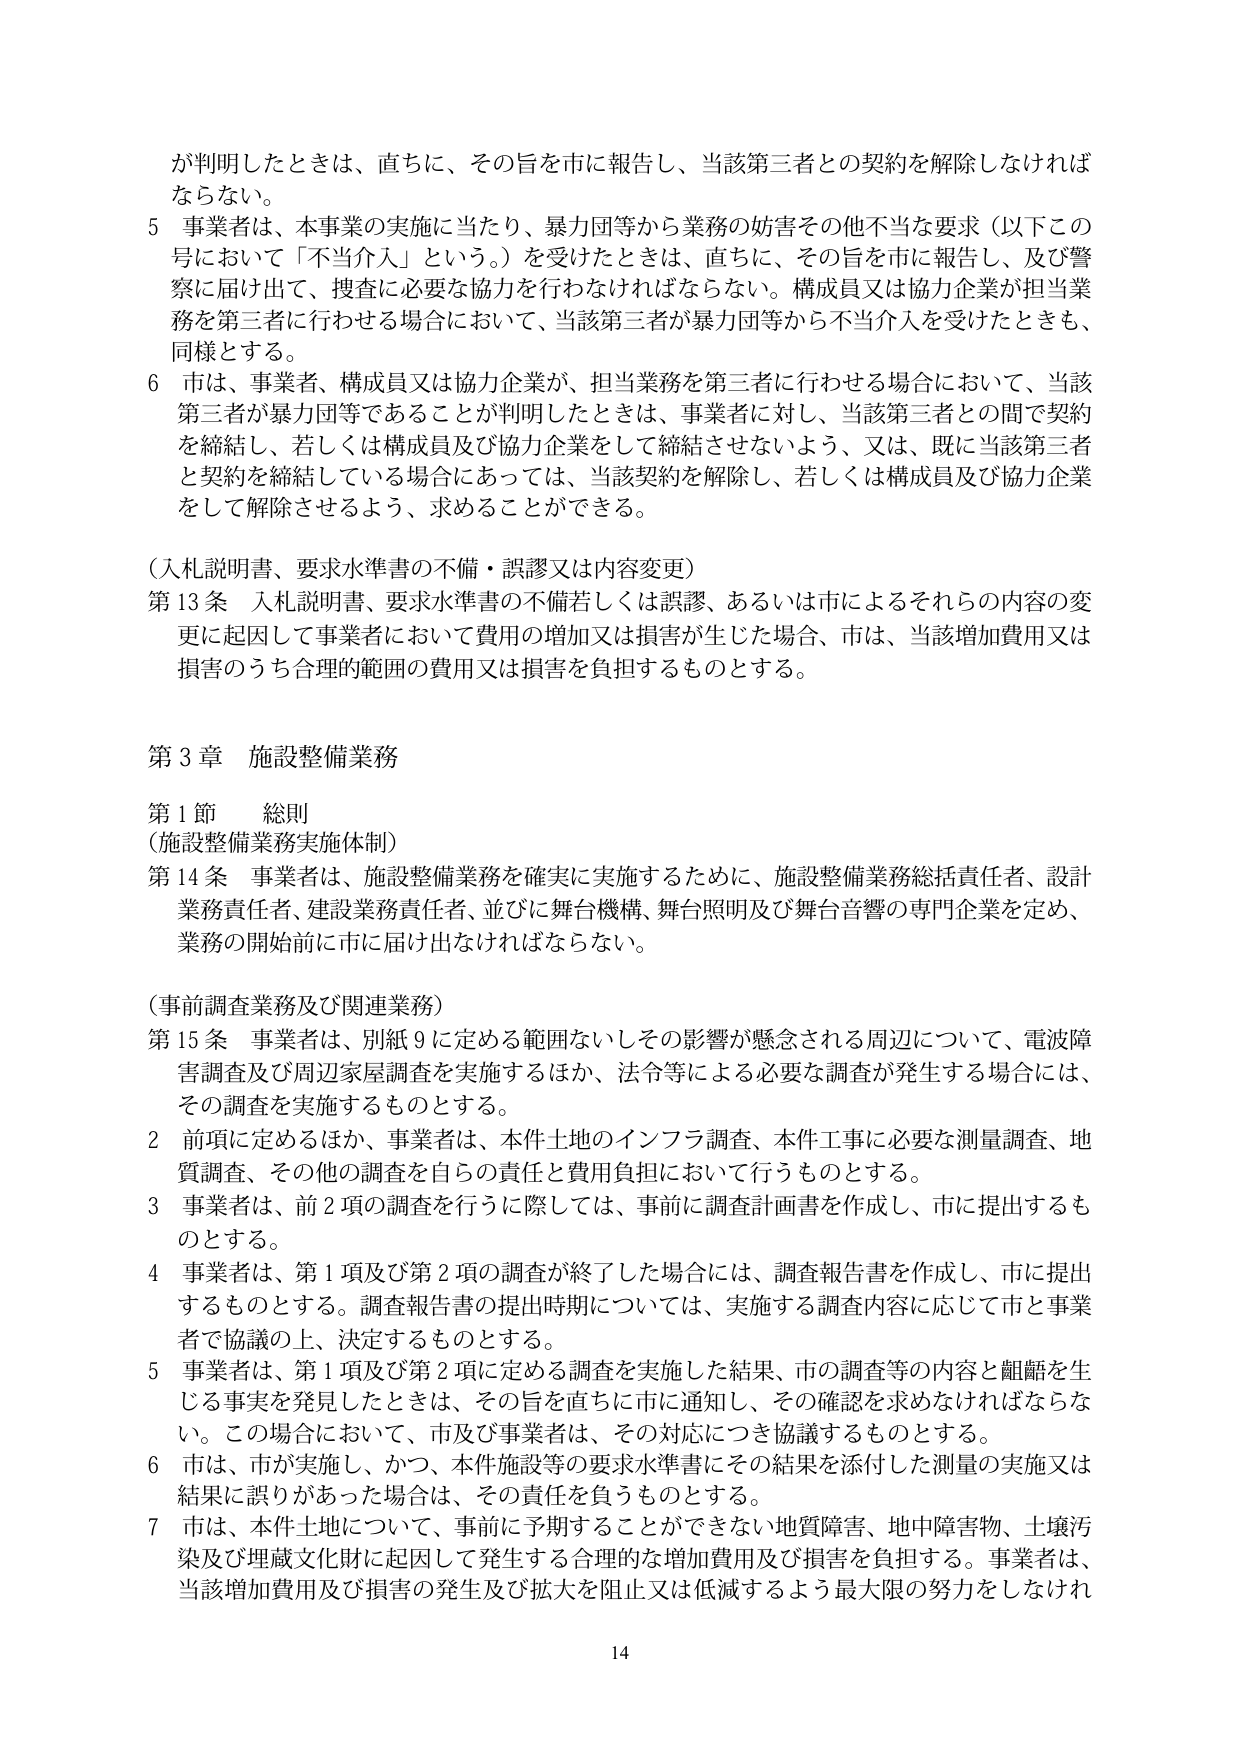
が判明したときは、直ちに、その旨を市に報告し、当該第三者との契約を解除しなければならない。

5 事業者は、本事業の実施に当たり、暴力団等から業務の妨害その他不当な要求（以下この号において「不当介入」という。）を受けたときは、直ちに、その旨を市に報告し、及び警察に届け出て、捜査に必要な協力を行わなければならない。構成員又は協力企業が担当業務を第三者に行わせる場合において、当該第三者が暴力団等から不当介入を受けたときも、同様とする。

6 市は、事業者、構成員又は協力企業が、担当業務を第三者に行わせる場合において、当該第三者が暴力団等であることが判明したときは、事業者に対し、当該第三者との間で契約を締結し、若しくは構成員及び協力企業として締結させないよう、又は、既に当該第三者と契約を締結している場合にあっては、当該契約を解除し、若しくは構成員及び協力企業として解除させるよう、求めることができる。

（入札説明書、要求水準書の不備・誤謬又は内容変更）
第13条 入札説明書、要求水準書の不備若しくは誤謬、あるいは市によるそれらの内容の変更に起因して事業者において費用の増加又は損害が生じた場合、市は、当該増加費用又は損害のうち合理的範囲の費用又は損害を負担するものとする。

第3章 施設整備業務

第1節 総則
（施設整備業務実施体制）
第14条 事業者は、施設整備業務を確実に実施するために、施設整備業務総括責任者、設計業務責任者、建設業務責任者、並びに舞台機構、舞台照明及び舞台音響の専門企業を定め、業務の開始前に市に届け出なければならない。

（事前調査業務及び関連業務）
第15条 事業者は、別紙9に定める範囲ないしその影響が懸念される周辺について、電波障害調査及び周辺家屋調査を実施するほか、法令等による必要な調査が発生する場合には、その調査を実施するものとする。

2 前項に定めるほか、事業者は、本件土地のインフラ調査、本件工事に必要な測量調査、地質調査、その他の調査を自らの責任と費用負担において行うものとする。

3 事業者は、前2項の調査を行うに際しては、事前に調査計画書を作成し、市に提出するものとする。

4 事業者は、第1項及び第2項の調査が終了した場合には、調査報告書を作成し、市に提出するものとする。調査報告書の提出時期については、実施する調査内容に応じて市と事業者で協議の上、決定するものとする。

5 事業者は、第1項及び第2項に定める調査を実施した結果、市の調査等の内容と齟齬を生じる事実を発見したときは、その旨を直ちに市に通知し、その確認を求めなければならない。この場合において、市及び事業者は、その対応につき協議するものとする。

6 市は、市が実施し、かつ、本件施設等の要求水準書にその結果を添付した測量の実施又は結果に誤りがあった場合は、その責任を負うものとする。

7 市は、本件土地について、事前に予期することができない地質障害、地中障害物、土壌汚染及び埋蔵文化財に起因して発生する合理的な増加費用及び損害を負担する。事業者は、当該増加費用及び損害の発生及び拡大を阻止又は低減するよう最大限の努力をしなければならない。

14